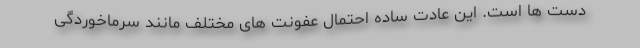
دست ها است. این عادت ساده احتمال عفونت های مختلف مانند سرماخوردگی